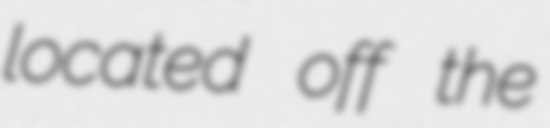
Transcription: located off the